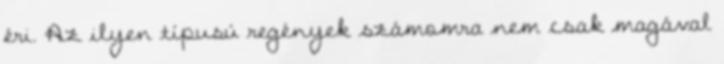
éri. Az ilyen típusú regények számomra nem csak magával